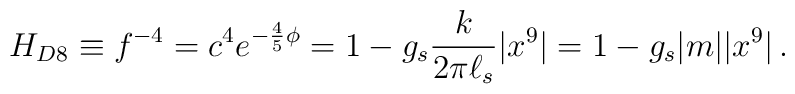
H_{D8} \equiv   f^{-4} = c^4 e^{-{4\over 5}\phi}  = 1- g_s {k \over 2\pi \ell_s}|x^9 |  = 1- g_s |m||x^9|\, .